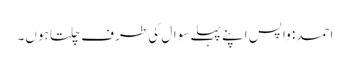
احمد: واپس اپنے پہلے سوال کی طرف چلتا ہوں۔